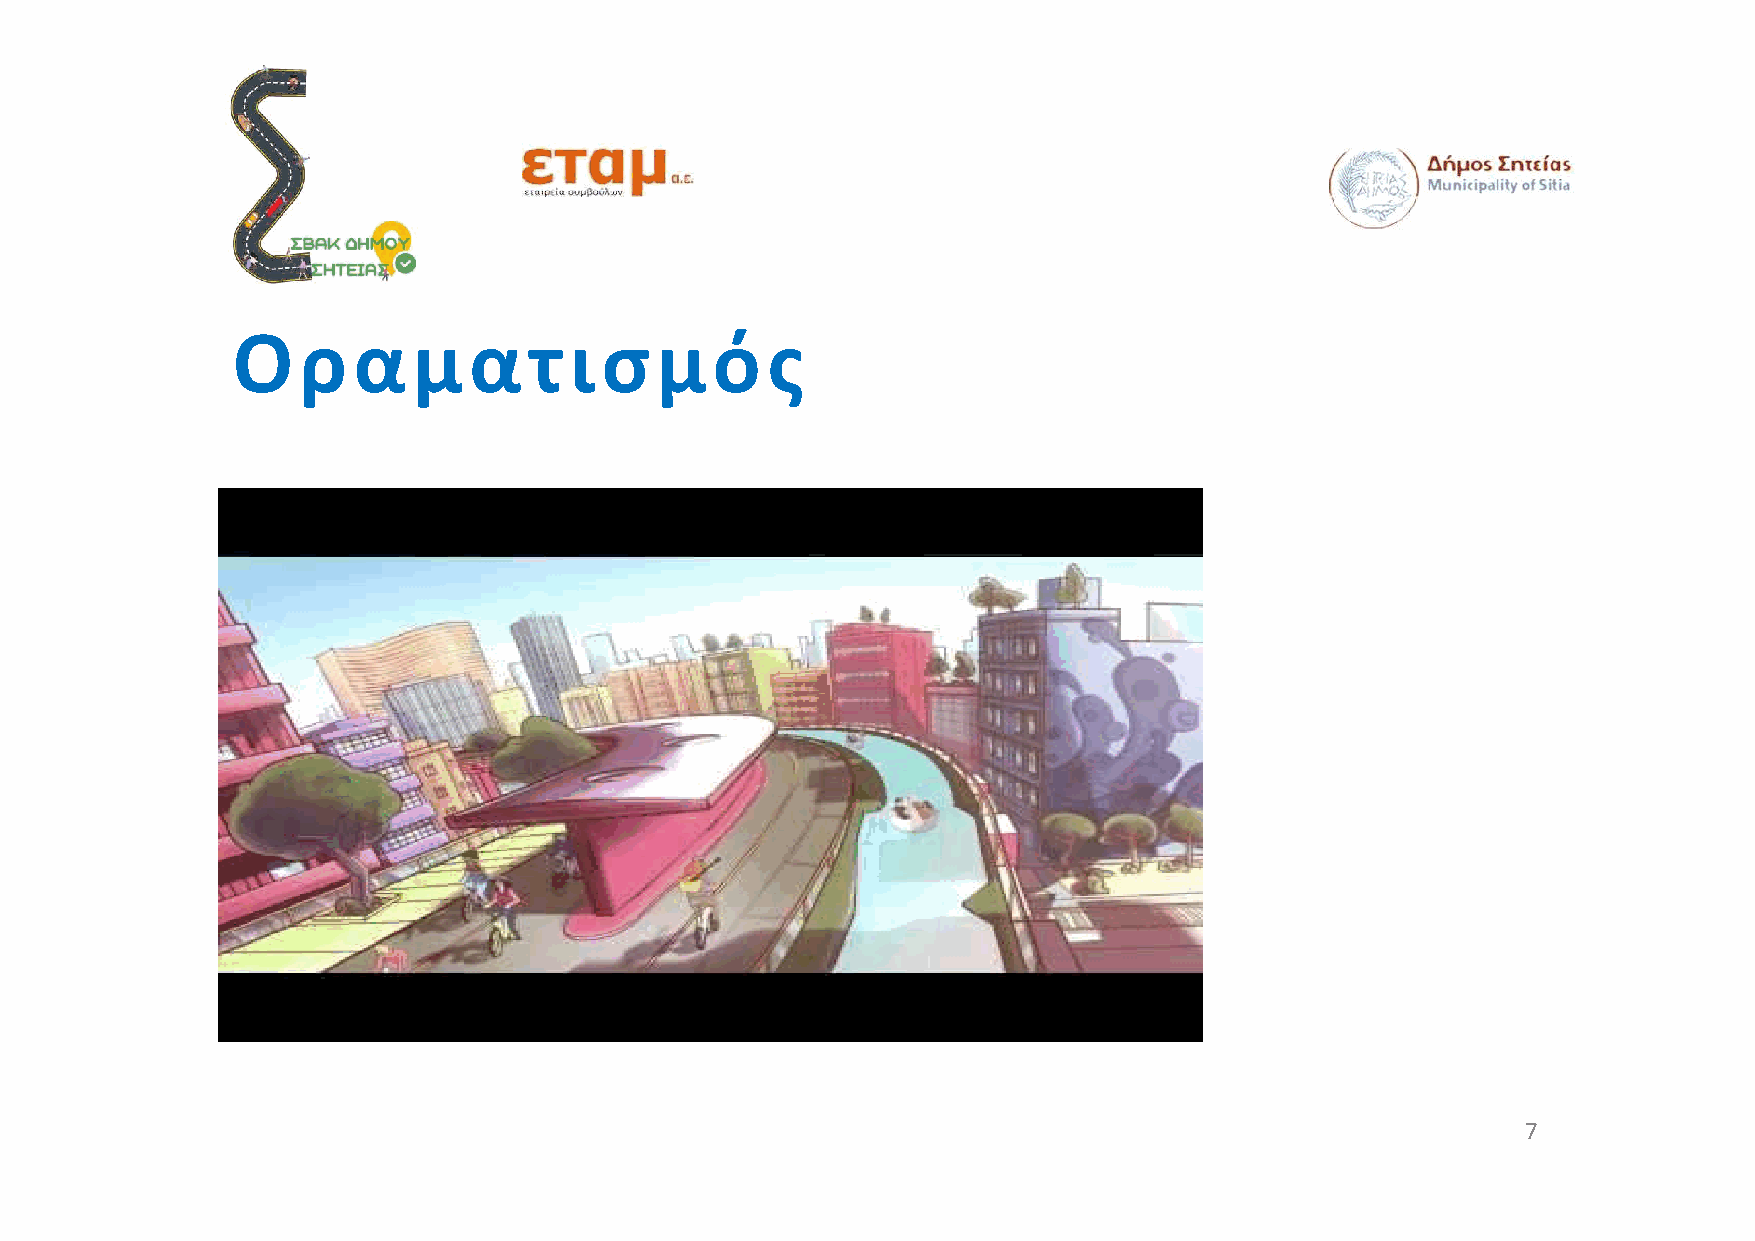
Ο    ρ  α   μα      τι   σμό        ς
 7